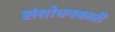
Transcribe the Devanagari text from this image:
संशोधनकारी